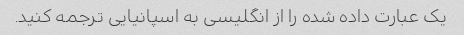
یک عبارت داده شده را از انگلیسی به اسپانیایی ترجمه کنید.